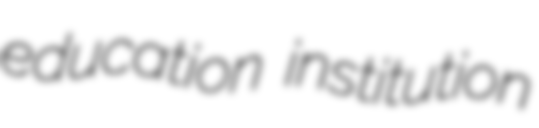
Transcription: education institution